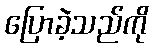
ပြောခဲ့သည်ကို